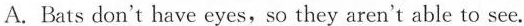
A.Bats don't have eyes,so they aren't able to see.